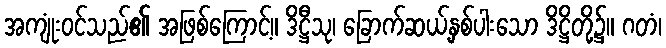
အကျုံးဝင်သည်၏ အဖြစ်ကြောင့်။ ဒိဋ္ဌီသု၊ ခြောက်ဆယ့်နှစ်ပါးသော ဒိဋ္ဌိတို့၌။ ဂတံ၊